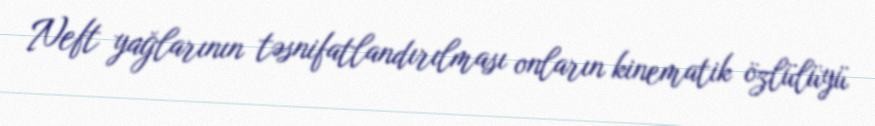
Neft yağlarının təsnifatlandırılması onların kinematik özlülüyü